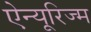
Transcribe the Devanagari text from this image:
ऐन्यूरिज्म